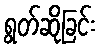
ရွတ်ဆိုခြင်း